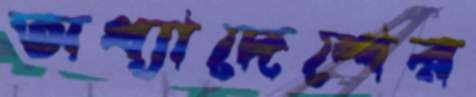
অধ্যাদেশের